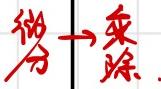
微分$\to$ 乘除